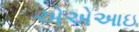
એએઆઇ